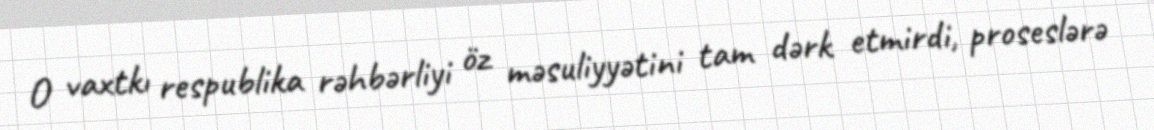
O vaxtkı respublika rəhbərliyi öz məsuliyyətini tam dərk etmirdi, proseslərə